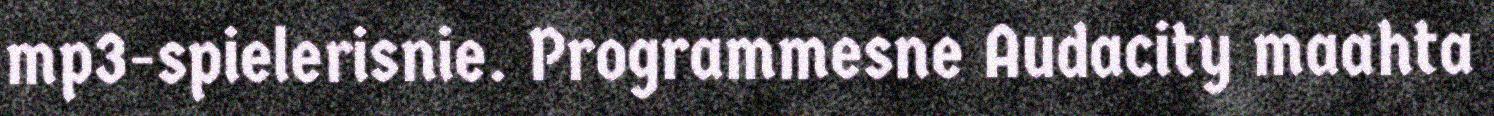
mp3-spielerisnie. Programmesne Audacity maahta